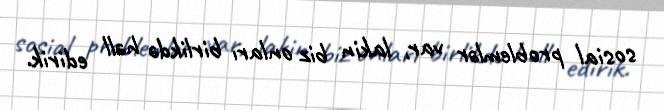
sosial problemlər var, lakin biz onları birlikdə həll edirik.